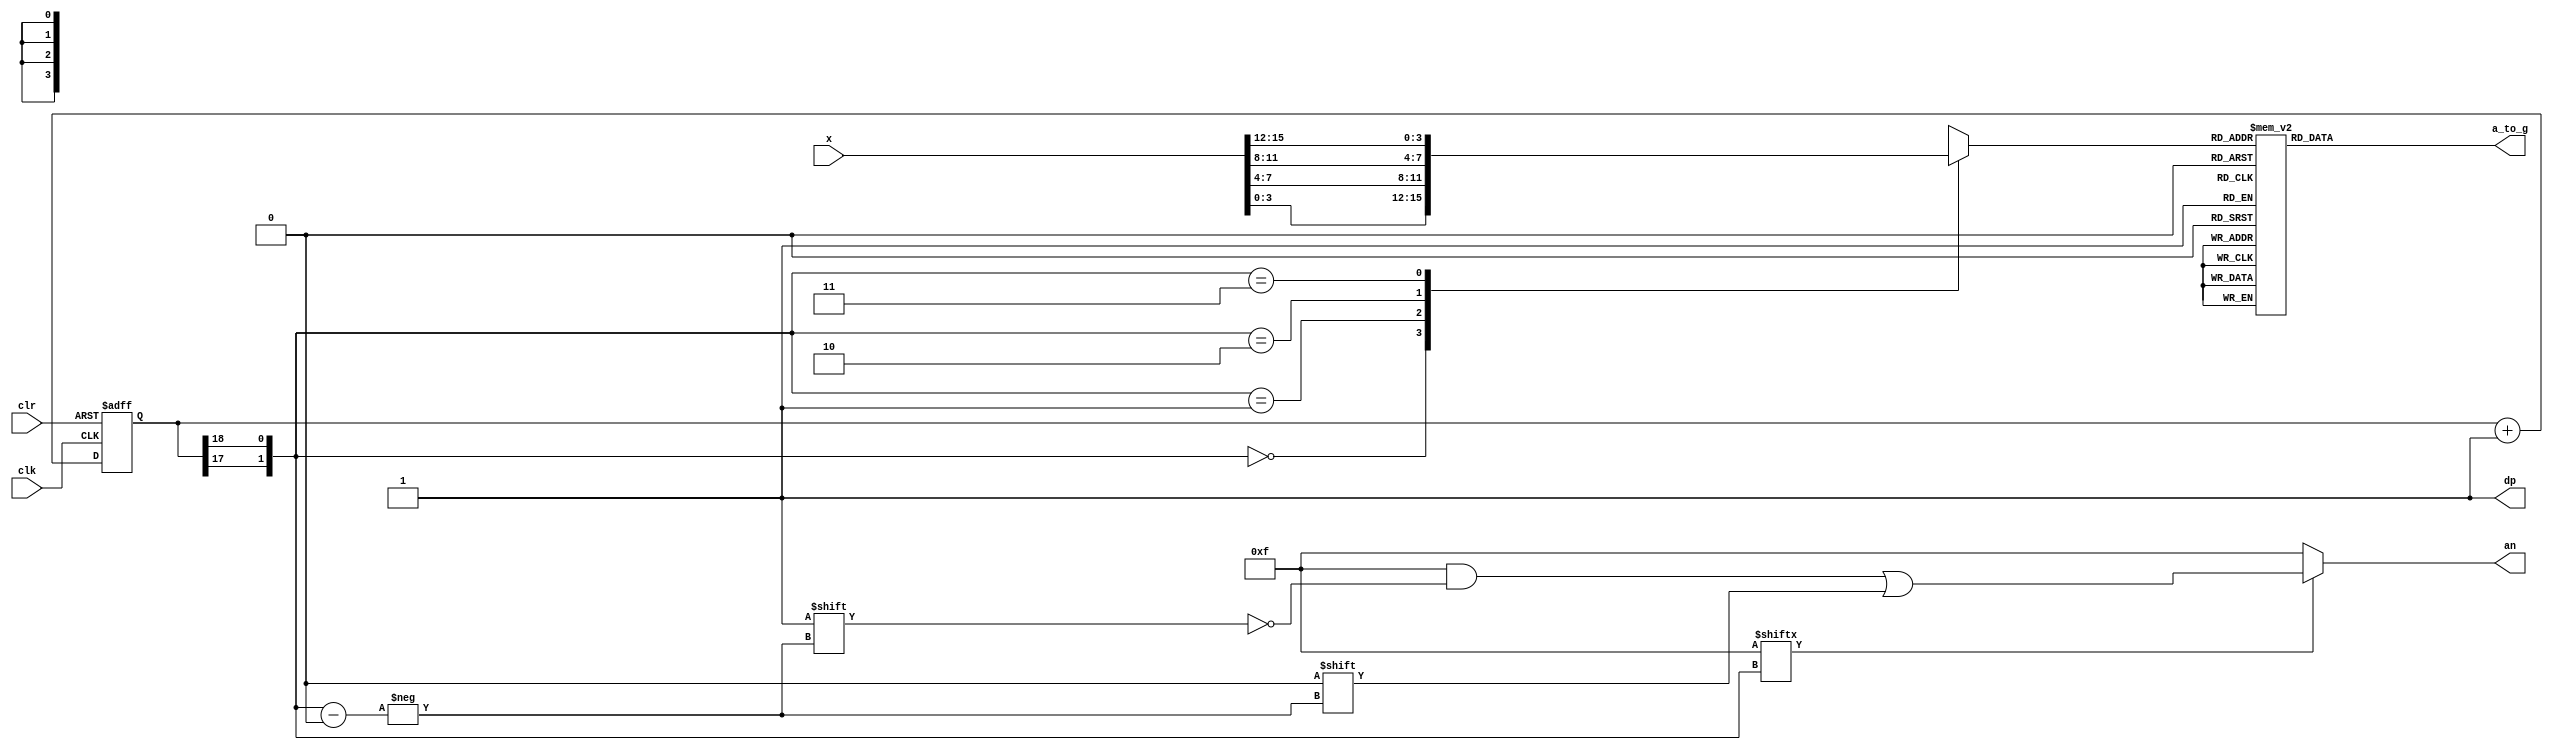
module led (
input  [15:0] x,
input  clk,
input  clr,
output reg [6:0] a_to_g,
output reg [3:0] an,
output wire dp
);
wire [1:0] s;
reg  [3:0] digit;
wire [3:0] aen;
reg  [19:0] clkdiv;
assign dp = 1;
assign s[0] = clkdiv[18]; // count every 5.2 ms
assign s[1] = clkdiv[17];
assign aen = 4'b1111; // enable all digits
always @ ( * ) begin
case (s)
 2'b00: digit = x[3:0];
 2'b01: digit = x[7:4];
 2'b10: digit = x[11:8];
 2'b11: digit = x[15:12];
 default: digit = x[3:0];
endcase
end

// 7 hex7seg
always @ ( * )
case (digit)
 0: a_to_g = 7'b0000001;
 1: a_to_g = 7'b1001111;
 2: a_to_g = 7'b0010010;
 3: a_to_g = 7'b0000110;
 4: a_to_g = 7'b1001100;
 5: a_to_g = 7'b0100100;
 6: a_to_g = 7'b0100000;
 7: a_to_g = 7'b0001111;
 8: a_to_g = 7'b0000000;
 9: a_to_g = 7'b0000100;
 'hA: a_to_g = 7'b0001000; 
 'hB: a_to_g = 7'b1100000;
 'hC: a_to_g = 7'b0110001;
 'hD: a_to_g = 7'b1000010;
 'hE: a_to_g = 7'b0110000;
 'hF: a_to_g = 7'b0111000;
 default: a_to_g = 7'b0000001; // 0
endcase

// Digit select: ancode
always @ ( * )
begin
an = 4'b1111;
if (aen[s] == 1)
	an[s] = 0;
end

// 
always @ (posedge clk or posedge clr)
begin
 if (clr == 1)
 clkdiv <= 0;
 else
 clkdiv <= clkdiv + 1;
end
endmodule